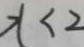
x < 2